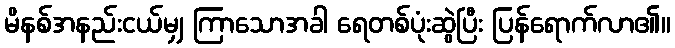
မိနစ်အနည်းငယ်မျှ ကြာသောအခါ ရေတစ်ပုံးဆွဲပြီး ပြန်ရောက်လာ၏။